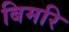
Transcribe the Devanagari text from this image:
बिमरि